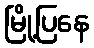
မြို့ပြနေ